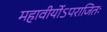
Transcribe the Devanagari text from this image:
महावीर्योऽपराजितः